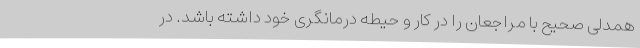
همدلی صحیح با مراجعان را در کار و حیطه درمانگری خود داشته باشد. در